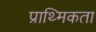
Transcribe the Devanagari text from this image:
प्राथ्मिकता